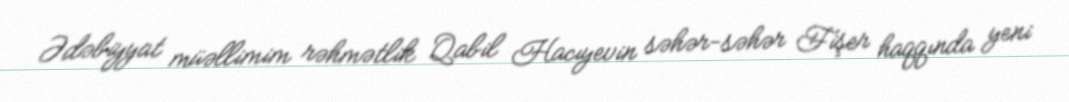
Ədəbiyyat müəllimim rəhmətlik Qabil Hacıyevin səhər-səhər Fişer haqqında yeni